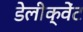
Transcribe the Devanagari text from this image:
डेलीक्वेंट